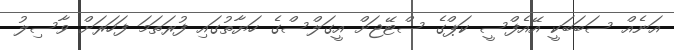
އަނެއް ސަބަބަކީ އޭއެފްސީ ކަޕްގެ ސްޓޭޖަށް އީގަލްސްގެ ހަޔާތުގައި ފުރަތަމަ ފަހަރަށް ވާސިލު